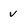
Character: V